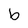
Character: b